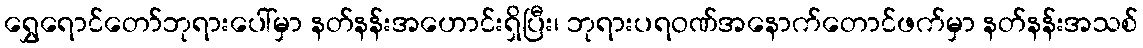
ရွှေရောင်တော်ဘုရားပေါ်မှာ နတ်နန်းအဟောင်းရှိပြီး၊ ဘုရားပရဝဏ်အနောက်တောင်ဖက်မှာ နတ်နန်းအသစ်